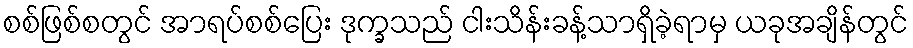
စစ်ဖြစ်စတွင် အာရပ်စစ်ပြေး ဒုက္ခသည် ငါးသိန်းခန့်သာရှိခဲ့ရာမှ ယခုအချိန်တွင်